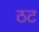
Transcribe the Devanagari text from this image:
ठट